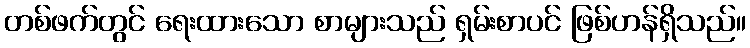
တစ်ဖက်တွင် ရေးထားသော စာများသည် ရှမ်းစာပင် ဖြစ်ဟန်ရှိသည်။